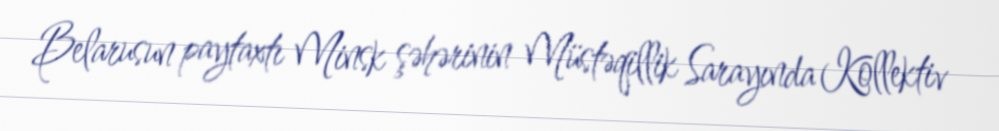
Belarusun paytaxtı Minsk şəhərinin Müstəqillik Sarayında Kollektiv